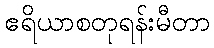
ဧရိယာစတုရန်းမီတာ